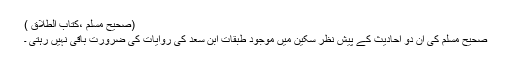
(صحیح مسلم ،کتاب الطلاق )
صحیح مسلم کی ان دو احادیث کے پیش نظر سکین میں موجود طبقات ابن سعد کی روایات کی ضرورت باقی نہیں رہتی ۔